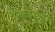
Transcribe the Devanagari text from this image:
पूनर्विन्यासों